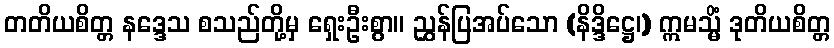
တတိယစိတ္တ နဒ္ဒေသ စသည်တို့မှ ရှေးဦးစွာ။ ညွှန်ပြအပ်သော (နိဒ္ဒိဋ္ဌေ၊) ဣမသ္မိံ ဒုတိယစိတ္တ